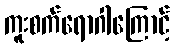
ကူးစက်ရောဂါကြောင့်